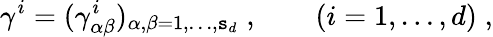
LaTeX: \gamma^{i}=(\gamma_{\alpha\beta}^{i})_{\alpha,\beta=1,\ldots,\mathtt{s}_{d}}\; ,\qquad(i=1,\ldots,d)\; ,